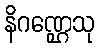
နိဂဏ္ဌေသု